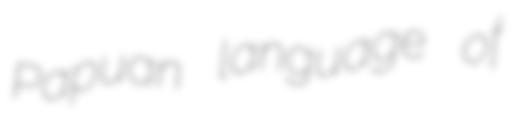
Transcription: Papuan language of